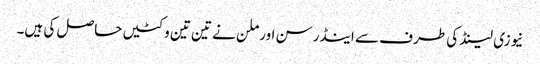
نیوزی لینڈ کی طرف سے اینڈرسن اور ملن نے تین تین وکٹیں حاصل کی ہیں۔